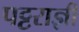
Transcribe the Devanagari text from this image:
पट्टराज्ञी